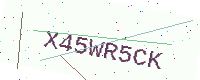
Text: X45WR5CK